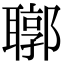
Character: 𦗒